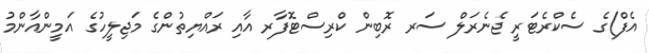
އެފް)ގެ ސެކްރެޓަރީ ޖެނެރަލް ސަރ ރޮބިން ކްރިސްޓޮފާރ އާއި ރައްޔިތުންގެ މަޖިލީހުގެ އަމީންއާންމު